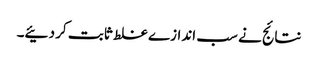
نتائج نے سب اندازے غلط ثابت کر دئیے۔